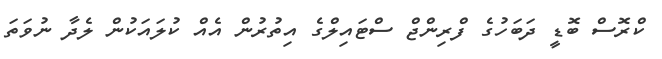
ކްރޮސް ބޮޑީ ދަބަހުގެ ފްރިންޖް ސްޓައިލްގެ އިތުރުން އެއް ކުލައަކުން ލެދާ ނުވަތަ